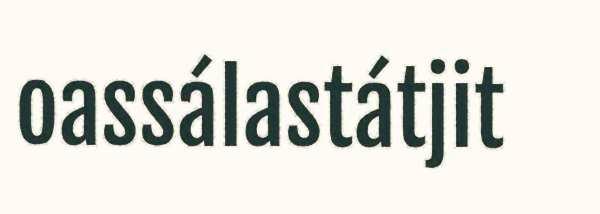
oassálastátjit